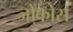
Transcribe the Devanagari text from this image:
जोंकोस